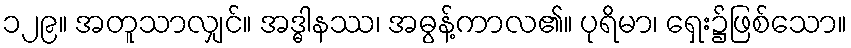
၁၂၉။ အတူသာလျှင်။ အဒ္ဓါနဿ၊ အဓွန့်ကာလ၏။ ပုရိမာ၊ ရှေး၌ဖြစ်သော။